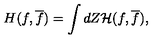
H ( f , \overline { f } ) = \int d Z { \cal H } ( f , \overline { f } ) ,